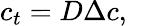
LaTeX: c_{t}=D\Delta c,\quad